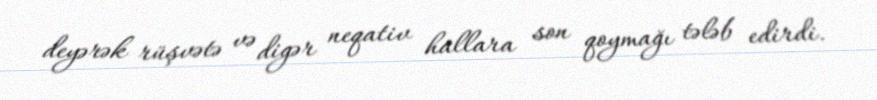
deyərək rüşvətə və digər neqativ hallara son qoymağı tələb edirdi.